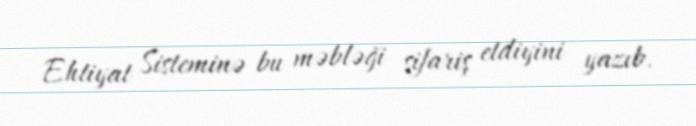
Ehtiyat Sisteminə bu məbləği sifariş etdiyini yazıb.